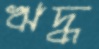
ঋদ্ধ